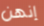
إنهن